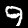
Digit: 9